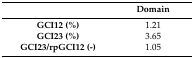
<table><thead><tr><td></td><td><b>Domain</b></td></tr></thead><tbody><tr><td><b>GCI12 (%)</b></td><td>1.21</td></tr><tr><td><b>GCI23 (%)</b></td><td>3.65</td></tr><tr><td><b>GCI23/rpGCI12 (-)</b></td><td>1.05</td></tr></tbody></table>